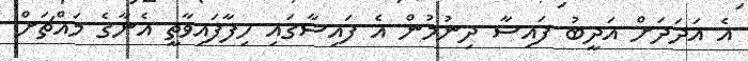
އެ އަދަދަށް އަދީބު ފައިސާ ދިނުމުން އެ ފައިސާގައި ހިފާފައިވާތީ އެނާގެ މައްޗަށް